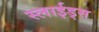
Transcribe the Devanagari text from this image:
स्लाईड्स